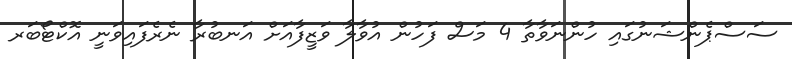
ސަސްޕެންޝަނުގައި ހުންނަވާތާ 4 މަސް ފަހުން އުވާލާ ވަޒީފާއަށް އަނބުރާ ނެރެފައިވަނީ އޮކްޓޯބަރ